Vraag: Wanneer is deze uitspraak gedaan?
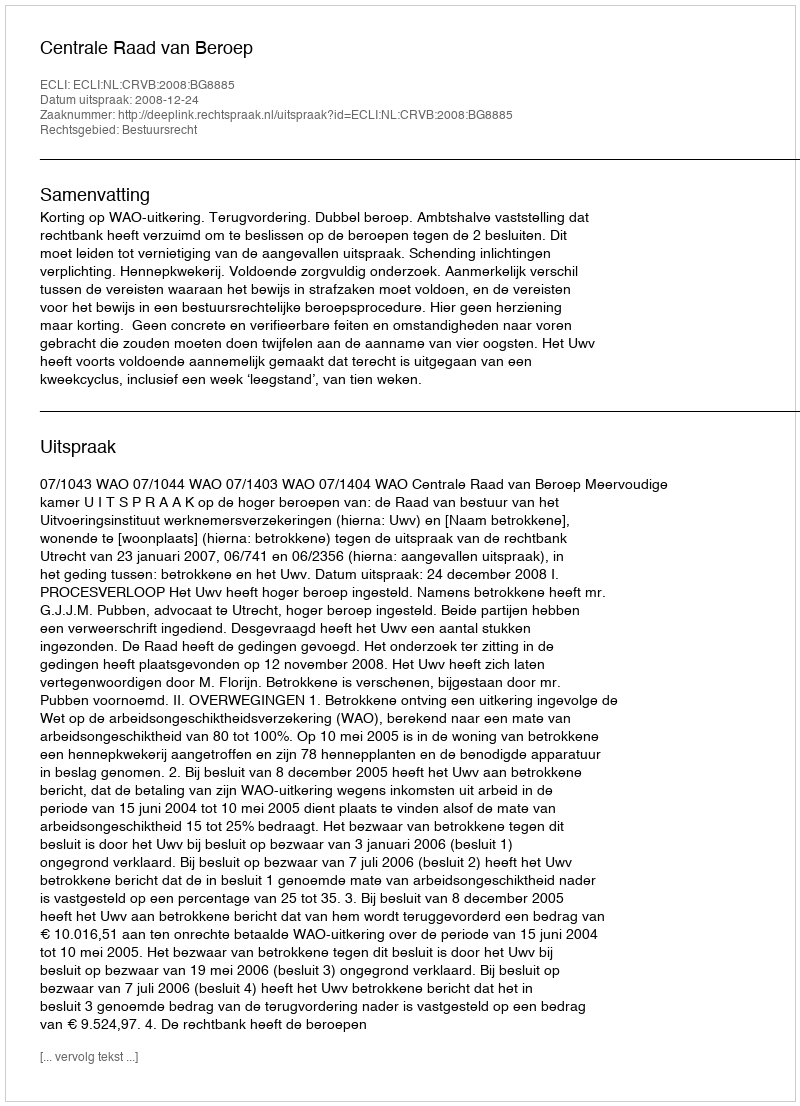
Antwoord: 2008-12-24